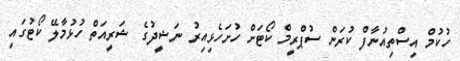
ހުކުމް އިސްތިއުނާފް ކުރަން ސުޕްރީމް ކޯޓަށް ހުށަހެޅިއިރު ނަޝީދުގެ ޝަރީއަތް ހުޅުމާލޭ ކޯޓުގައި